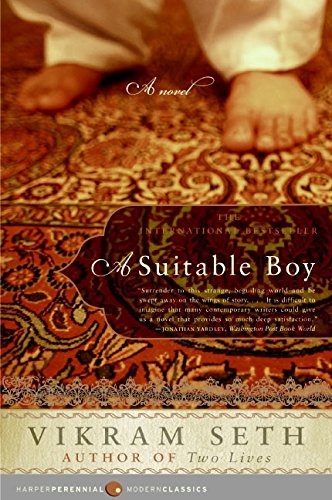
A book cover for A Suitable Boy: A Novel (Modern Classics); Vikram Seth; Literature & Fiction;